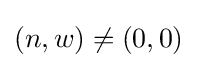
(n,w)\neq (0,0)